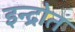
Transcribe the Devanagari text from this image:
इन्द्रोत